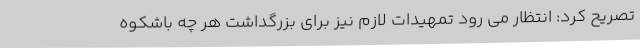
تصریح کرد: انتظار می رود تمهیدات لازم نیز برای بزرگداشت هر چه باشکوه